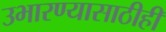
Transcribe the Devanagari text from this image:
उभारण्यासाठीही